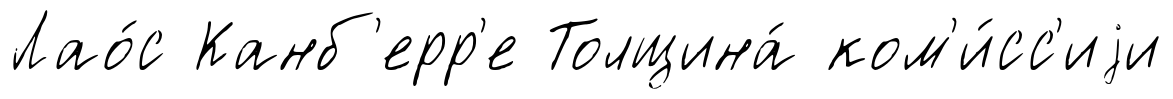
Лао́с Канб'ерр'е Толщина́ ком'и́сс'иjи